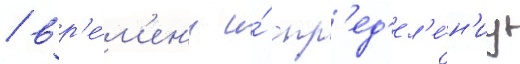
/ вр'е́м'ен'и и́ опр'ед'ел'е́н'иу